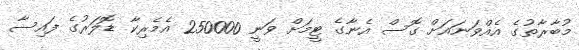
މުބާރާތުގެ އެއްވަނައަށް ގޮސް އެނާގެ ޓީމަށް ވަނީ 250000 އެމެރިކާ ޑޮލަރުގެ ފައިސާ